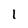
Character: I